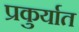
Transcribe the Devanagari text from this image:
प्रकुर्यात